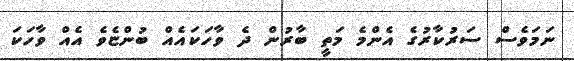
ނަމަވެސް ސަރުކާރުގެ އެންމެ މަތީ ބާރުން ދެ ވާހަކައެއް ބުންޏެވެ އެއް ވާހަކަ